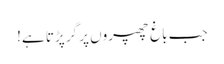
جب باغ چھپروں پر گر پڑتا ہے!